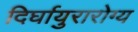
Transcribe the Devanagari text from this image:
दिर्घायुरारोग्य